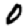
Digit: 0